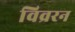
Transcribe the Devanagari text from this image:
विव्ररन